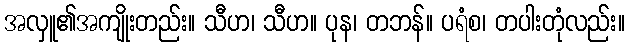
အလှူ၏အကျိုးတည်း။ သီဟ၊ သီဟ။ ပုန၊ တဘန်။ ပရံစ၊ တပါးတုံလည်း။